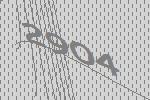
2904